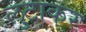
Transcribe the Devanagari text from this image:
लुटाकर